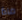
ماذا